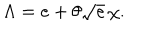
\Lambda { } = e + \theta { } \sqrt { e } \, \chi { } .